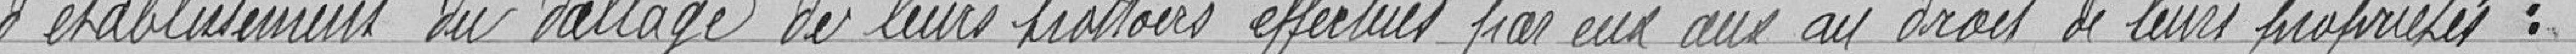
d'établissement du dallage de leurs trottoirs effectués par eux au droit de leurs propriétés :